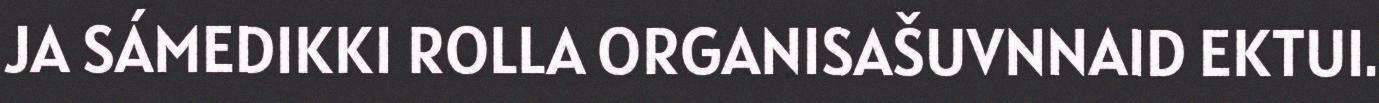
JA SÁMEDIKKI ROLLA ORGANISAŠUVNNAID EKTUI.